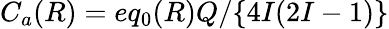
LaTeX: C_{a}(R)=eq_{0}(R)Q/\{ 4I(2I-1)\}